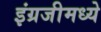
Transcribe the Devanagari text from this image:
इंग्रजीमध्‍ये